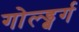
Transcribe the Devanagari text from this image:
गोल्ड्बर्ग